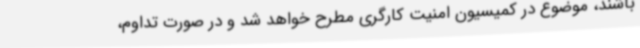
باشند، موضوع در کمیسیون امنیت کارگری مطرح خواهد شد و در صورت تداوم،